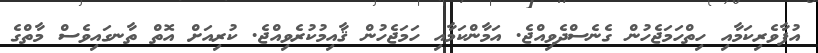
އުފާވެރިކަމާއި ހިތްހަމަޖެހުން ގެނެސްދެވިއްޖެ. އަމާންކަމާއި ހަމަޖެހުން ޤާއިމުކުރެވިއްޖެ. ކުރިއަށް އޮތް ތާނގައިވެސް މާތްގެ